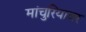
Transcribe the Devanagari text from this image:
मांचुरियावर